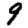
Digit: 9